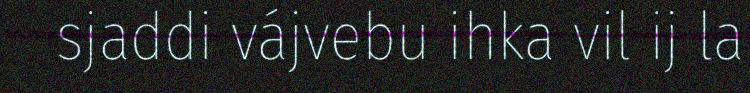
sjaddi vájvebu ihka vil ij la